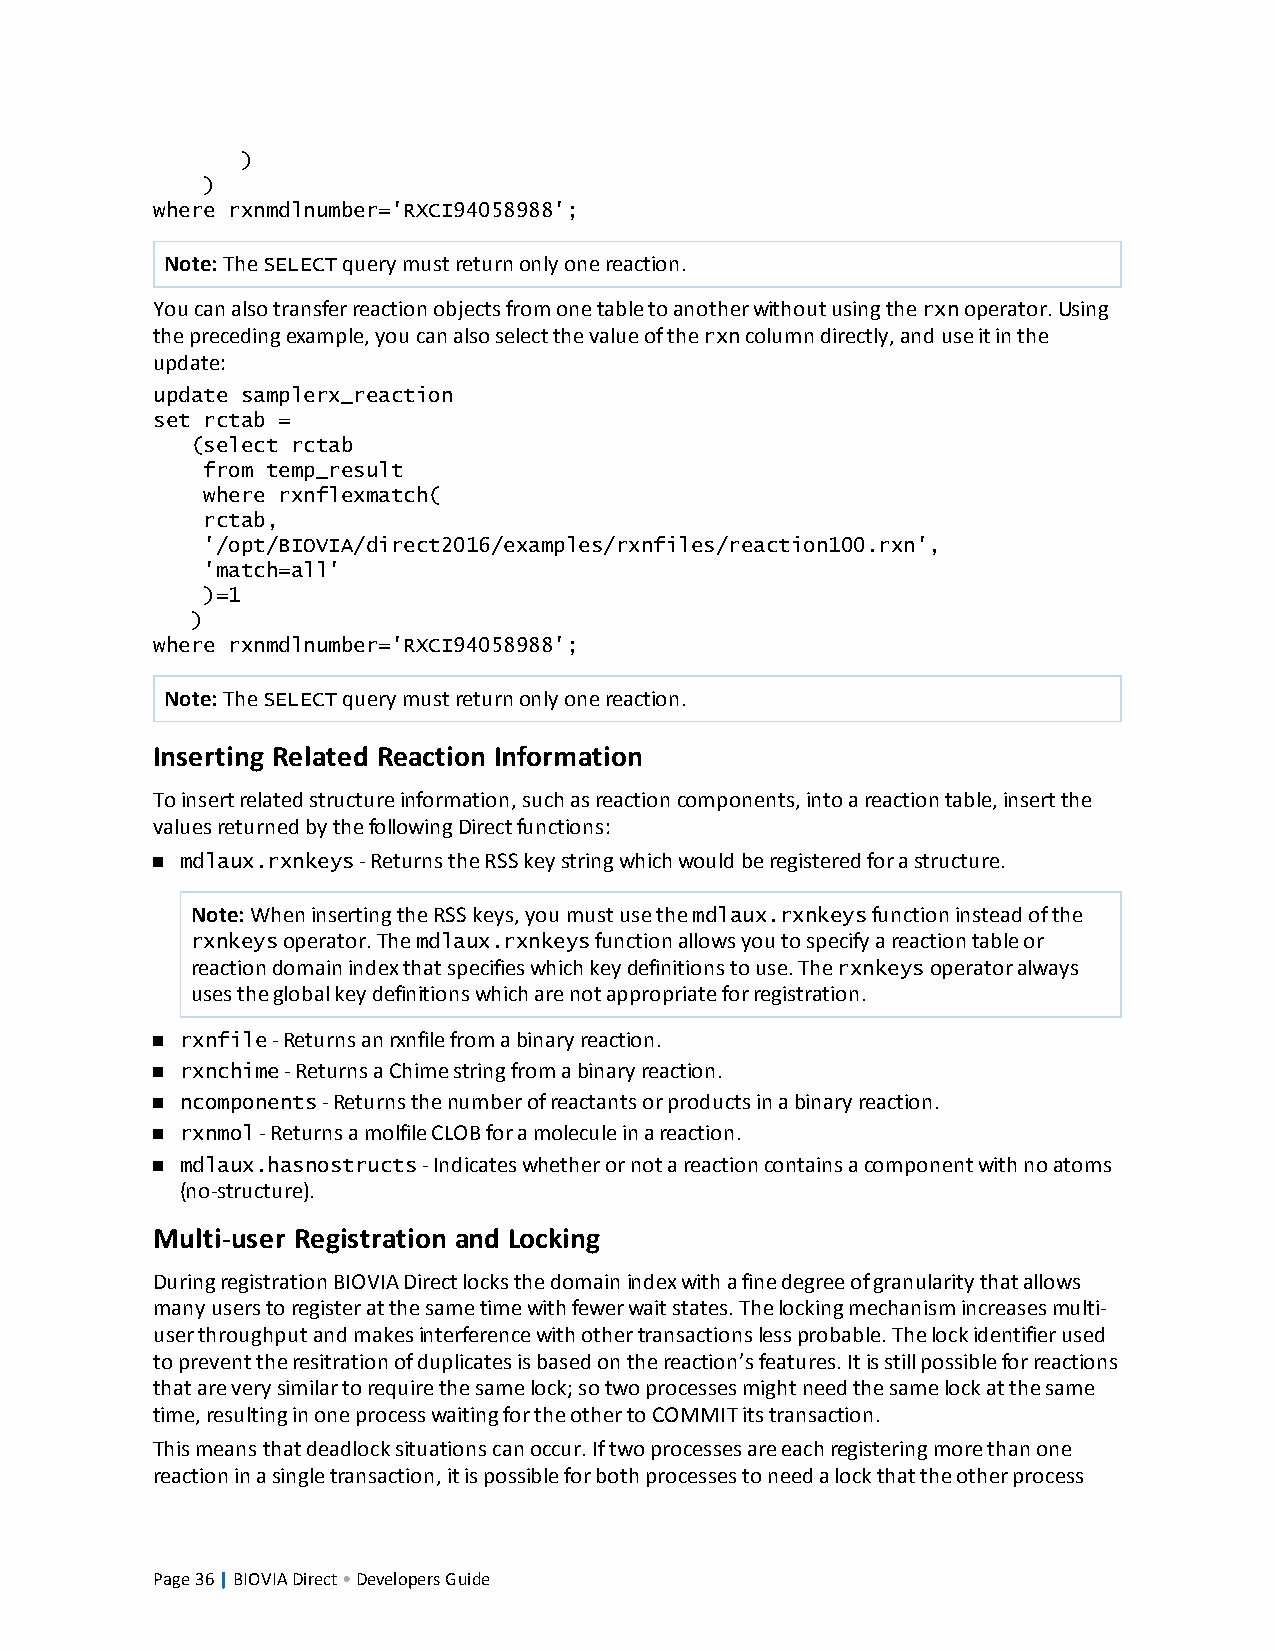
)
 )
 where rxnmdlnumber='RXCI94058988';
 Note:TheSELECTquerymustreturnonlyonereaction.
 Youcanalsotransferreactionobjectsfromonetabletoanotherwithoutusingtherxnoperator.Using
 theprecedingexample,youcanalsoselectthevalueoftherxncolumndirectly,anduseitinthe
 update:
 update samplerx_reaction
 set rctab =
 (select rctab
 from temp_result
 where rxnflexmatch(
 rctab,
 '/opt/BIOVIA/direct2016/examples/rxnfiles/reaction100.rxn',
 'match=all'
 )=1
 )
 where rxnmdlnumber='RXCI94058988';
 Note:TheSELECTquerymustreturnonlyonereaction.
 Inserting Related Reaction Information
 Toinsertrelatedstructureinformation,suchasreactioncomponents,intoareactiontable,insertthe
 valuesreturnedbythefollowingDirectfunctions:
 n mdlaux.rxnkeys-ReturnstheRSSkeystringwhichwouldberegisteredforastructure.
 Note:WheninsertingtheRSSkeys,youmustusethemdlaux.rxnkeysfunctioninsteadofthe
 rxnkeysoperator.Themdlaux.rxnkeysfunctionallowsyoutospecifyareactiontableor
 reactiondomainindexthatspecifieswhichkeydefinitionstouse.Therxnkeysoperatoralways
 usestheglobalkeydefinitionswhicharenotappropriateforregistration.
 n rxnfile-Returnsanrxnfilefromabinaryreaction.
 n rxnchime-ReturnsaChimestringfromabinaryreaction.
 n ncomponents-Returnsthenumberofreactantsorproductsinabinaryreaction.
 n rxnmol-ReturnsamolfileCLOBforamoleculeinareaction.
 n mdlaux.hasnostructs-Indicateswhetherornotareactioncontainsacomponentwithnoatoms
 (no-structure).
 Multi-user Registration and Locking
 DuringregistrationBIOVIADirectlocksthedomainindexwithafinedegreeofgranularitythatallows
 manyuserstoregisteratthesametimewithfewerwaitstates.Thelockingmechanismincreasesmulti-
 userthroughputandmakesinterferencewithothertransactionslessprobable.Thelockidentifierused
 topreventtheresitrationofduplicatesisbasedonthereaction’sfeatures.Itisstillpossibleforreactions
 thatareverysimilartorequirethesamelock;sotwoprocessesmightneedthesamelockatthesame
 time,resultinginoneprocesswaitingfortheothertoCOMMITitstransaction.
 Thismeansthatdeadlocksituationscanoccur.Iftwoprocessesareeachregisteringmorethanone
 reactioninasingletransaction,itispossibleforbothprocessestoneedalockthattheotherprocess
 Page36|BIOVIADirect•DevelopersGuide